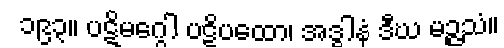
၁၉၃။ ပဋိမဂ္ဂေါ ပဋိပထော၊ အဒ္ဓါနံ ဒီဃ မဉ္ဇသံ။